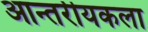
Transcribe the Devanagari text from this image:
आन्तरीयकला